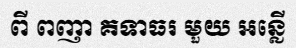
ពី ពញា គទាធរ មួយ អន្លើ